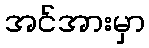
အင်အားမှာ